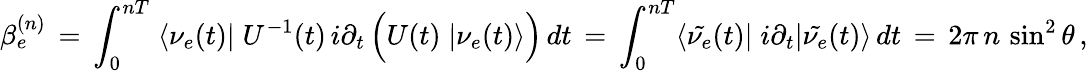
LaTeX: \beta_{e}^{(n)}\, =\, \int_{0}^{nT}\; \langle\nu_{e}(t)|\; U^{-1}(t)\, i\partial_{t}\, \Big(U(t)\; |\nu_{e}(t)\rangle\Big)\, dt\, =\, \int_{0}^{nT}\langle\tilde{\nu_{e}}(t)|\; i\partial_{t}|\tilde{\nu_{e}}(t)\rangle\, dt\, =\, 2\pi\, n\, \sin^{2}\theta\, ,